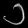
Digit: ၁